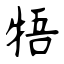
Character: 牾